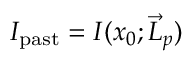
I _ { \mathrm { p a s t } } = I ( x _ { 0 } ; { \vec { L } } _ { p } )